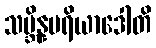
သမ္ဘိန္နမရိယာဒေါတိ